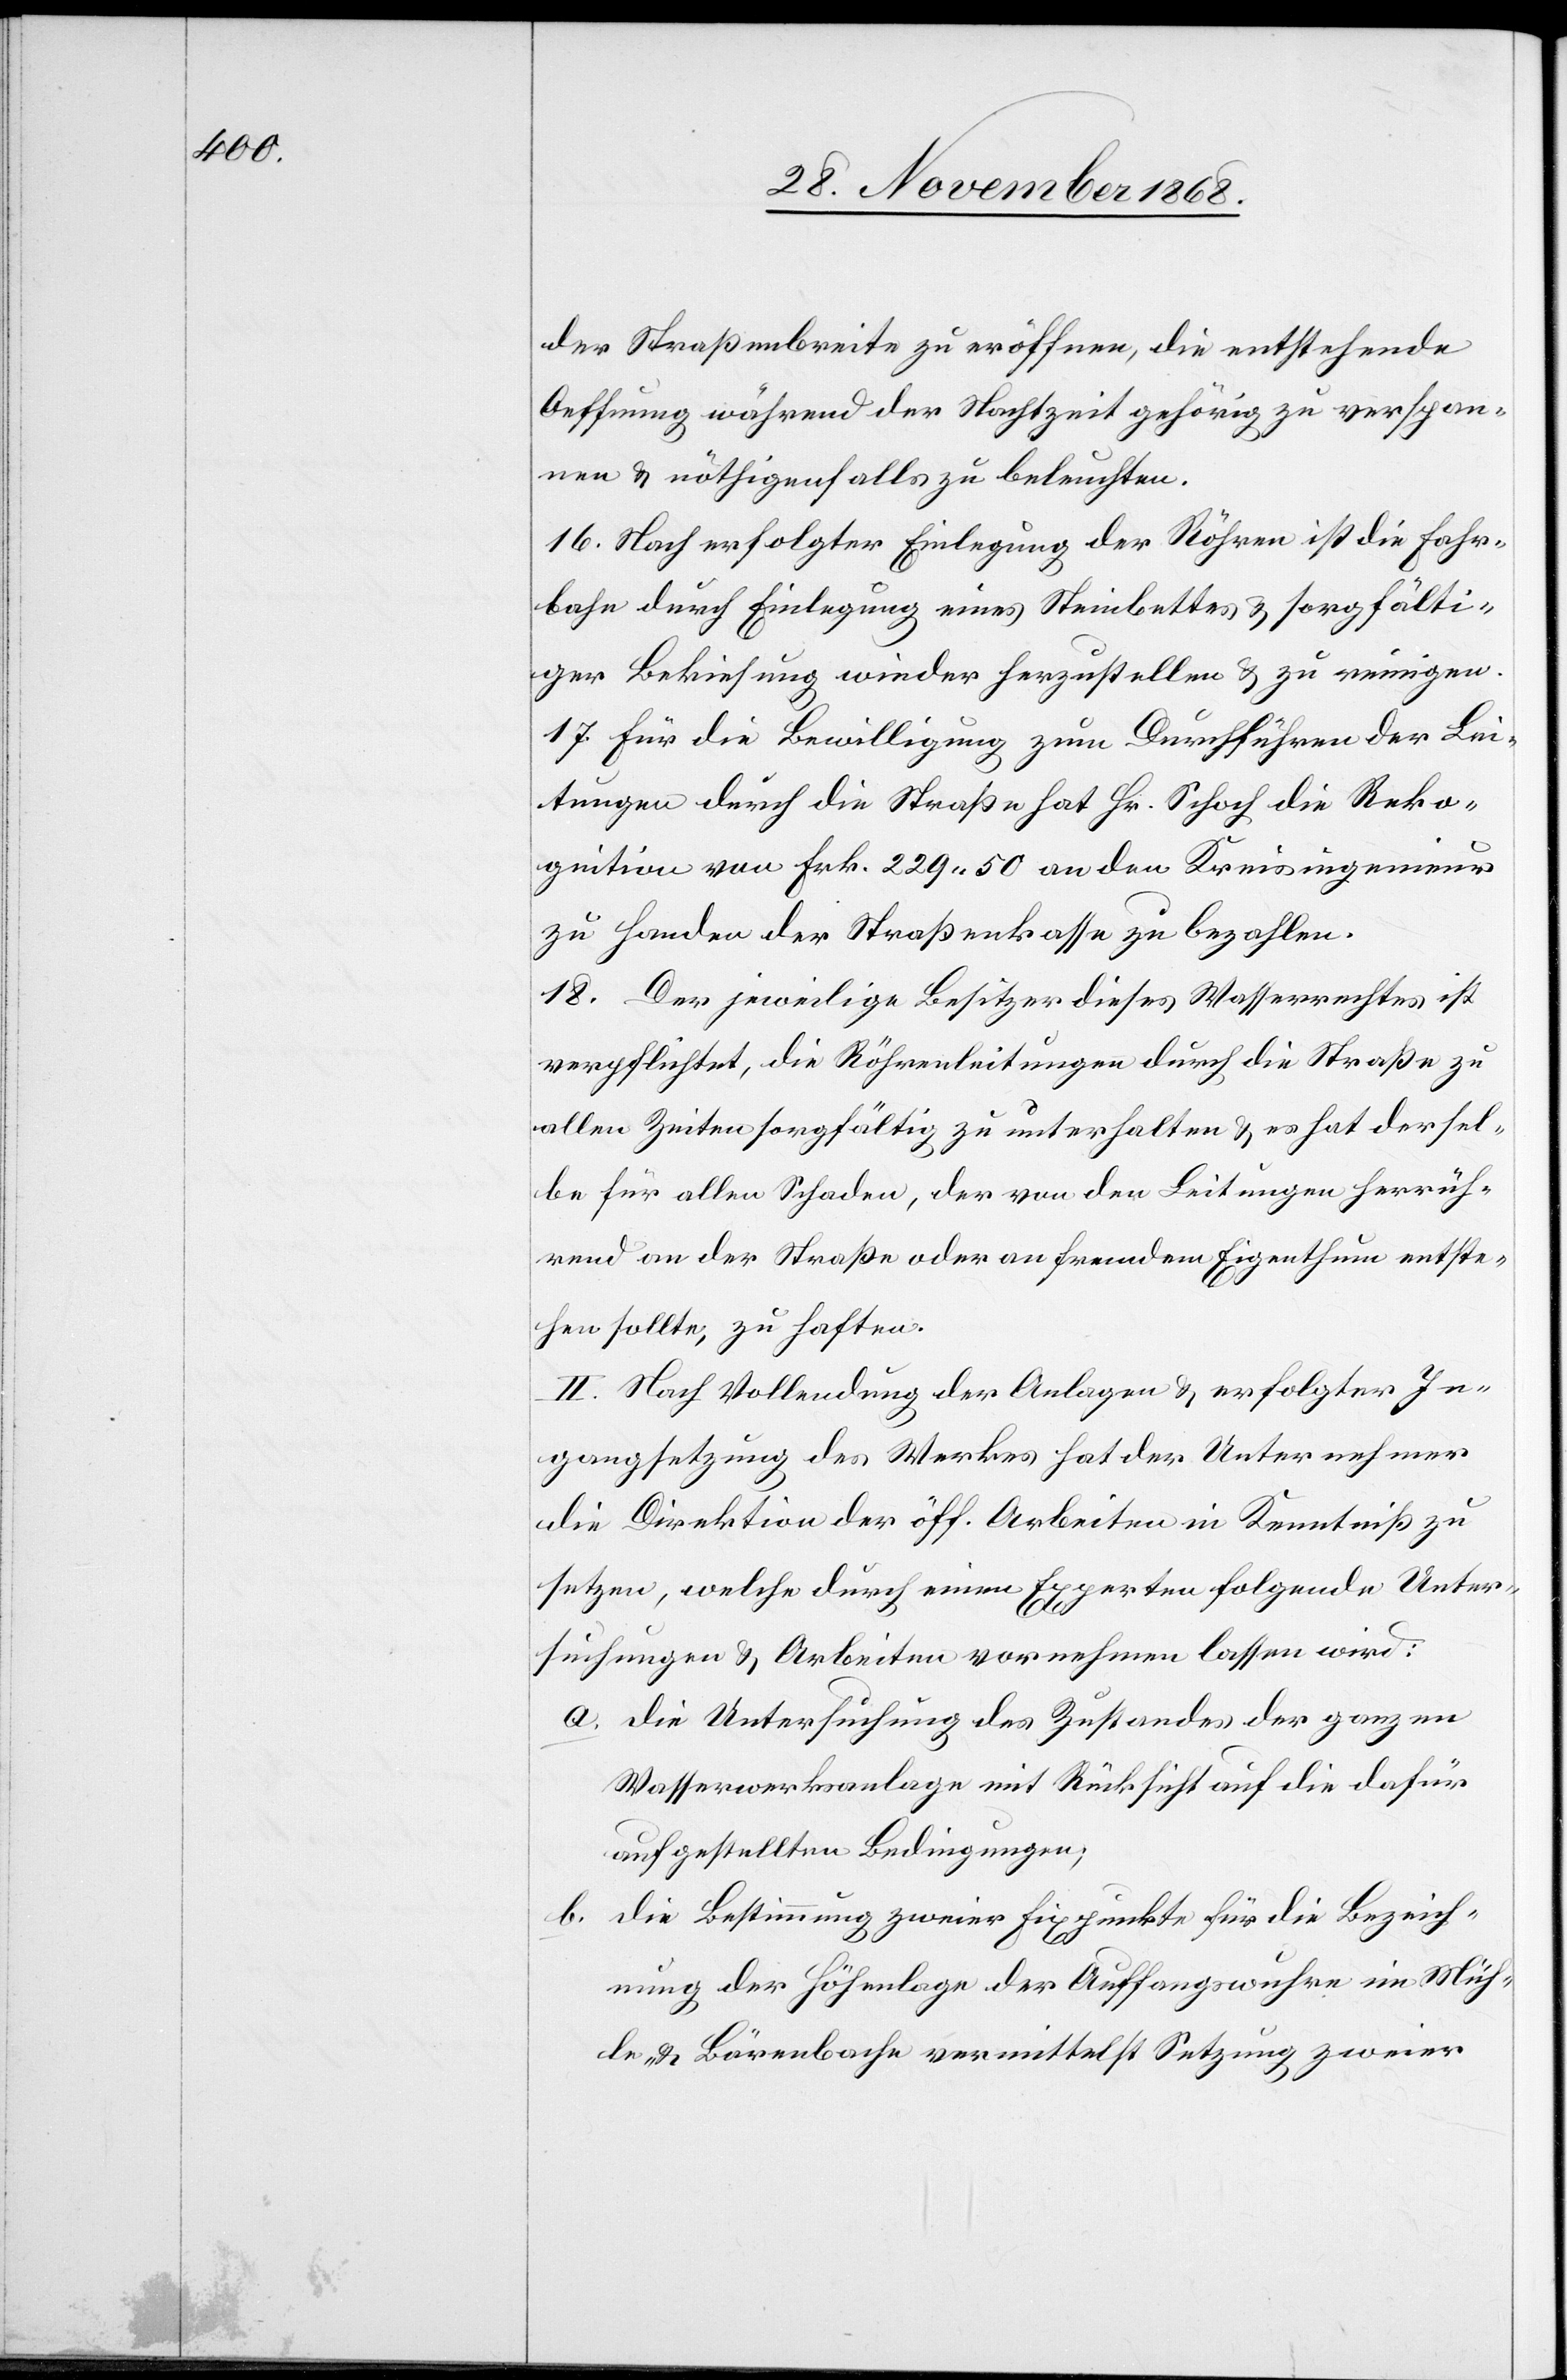
der Straßenbreite zu eröffnen, die entstehende
Oeffnung während der Nachtzeit gehörig zu verspan¬
nen & nöthigenfalls zu beleuchten.
16. Nach erfolgter Einlegung der Röhren ist die Fahr¬
bahn durch Einlegung eines Steinbettes & sorgfälti¬
ger Bekiesung wieder herzustellen & zu reinigen.
17. Für die Bewilligung zum Durchführen der Lei¬
tungen durch die Straße hat Hr. Schoch die Reko¬
gnition von Frk. 229.50 an den Kreisingenieur
zu Handen der Straßenkasse zu bezahlen.
18. Der jeweilige Besitzer dieses Wasserrechtes ist
verpflichtet, die Röhrenleitungen durch die Straße zu
allen Zeiten sorgfältig zu unterhalten & es hat dersel¬
be für allen Schaden, der von den Leitungen herrüh¬
rend an der Straße oder an fremdem Eigenthum entste¬
hen sollte, zu haften.
II. Nach Vollendung der Anlagen & erfolgter In¬
gangsetzung des Werkes hat der Unternehmer
die Direktion der öff. Arbeiten in Kenntniß zu
setzen, welche durch einen Experten folgende Unter¬
suchungen & Arbeiten vornehmen lassen wird:
Die Untersuchung des Zustandes der ganzen
Wasserwerksanlage mit Rücksicht auf die dafür
aufgestellten Bedingungen;
Die Bestimmung zweier Fixpunkte für die Bezeich¬
nung der Höhenlage der Auffangswuhre im Müh¬
le- & Bärenbache vermittelst Setzung zweier